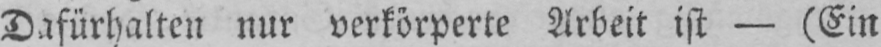
Dafürhalten nur verkörperte Arbeit ist - (Ein